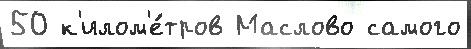
50 к'илом'е́тров Маслово самого